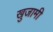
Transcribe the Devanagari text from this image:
खुजामी